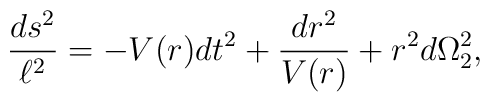
{ds^2\over \ell^2}= - V(r) dt^2 + {dr^2\over V(r)} + r^2 d\Omega_2^2,